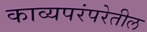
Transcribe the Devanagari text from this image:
काव्यपरंपरेतील